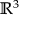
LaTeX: { \mathbb { R } } ^ { 3 }